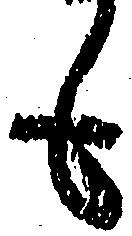
も